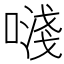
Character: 𠽈